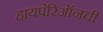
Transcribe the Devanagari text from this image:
हायपेरिऑनची